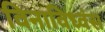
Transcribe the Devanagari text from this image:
विनाविध्वंस